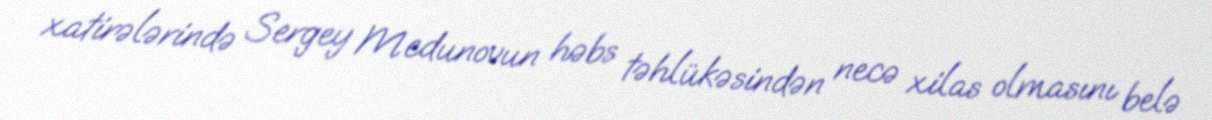
xatirələrində Sergey Medunovun həbs təhlükəsindən necə xilas olmasını belə